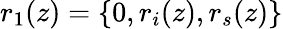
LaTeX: r_{1}(z)=\{ 0,r_{i}(z),r_{s}(z)\}